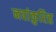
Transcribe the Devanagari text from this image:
नवांकुरित